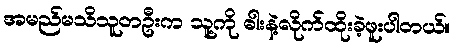
အမည်မသိသူတဦးက သူ့ကို ဓါးနဲ့လိုက်ထိုးခဲ့ဖူးပါတယ်။